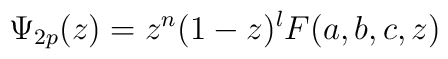
\Psi_{2p} (z) = z^n (1-z)^l F(a,b,c,z)